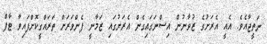
ނަތީޖާއެވެ. އެއީ އެރަށުގެ ޒުވާނުން އިސްނަގައިގެން އެރަށުގައި ޒަމާނީ ފެންވަރަށް ތަރައްގީކޮށްފައިވާ ޓާފް